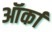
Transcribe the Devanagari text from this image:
ऑर्का